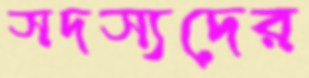
সদস্যদের